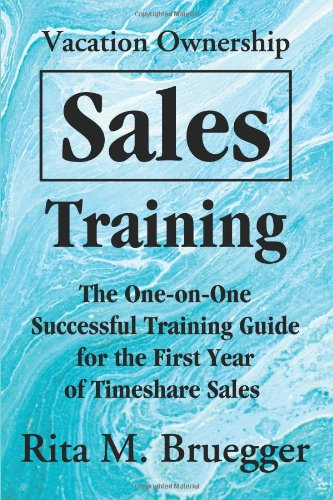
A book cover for Vacation Ownership Sales Training: The One-on-One Successful Training Guide for the First Year of Timeshare Sales; Rita Bruegger; Business & Money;